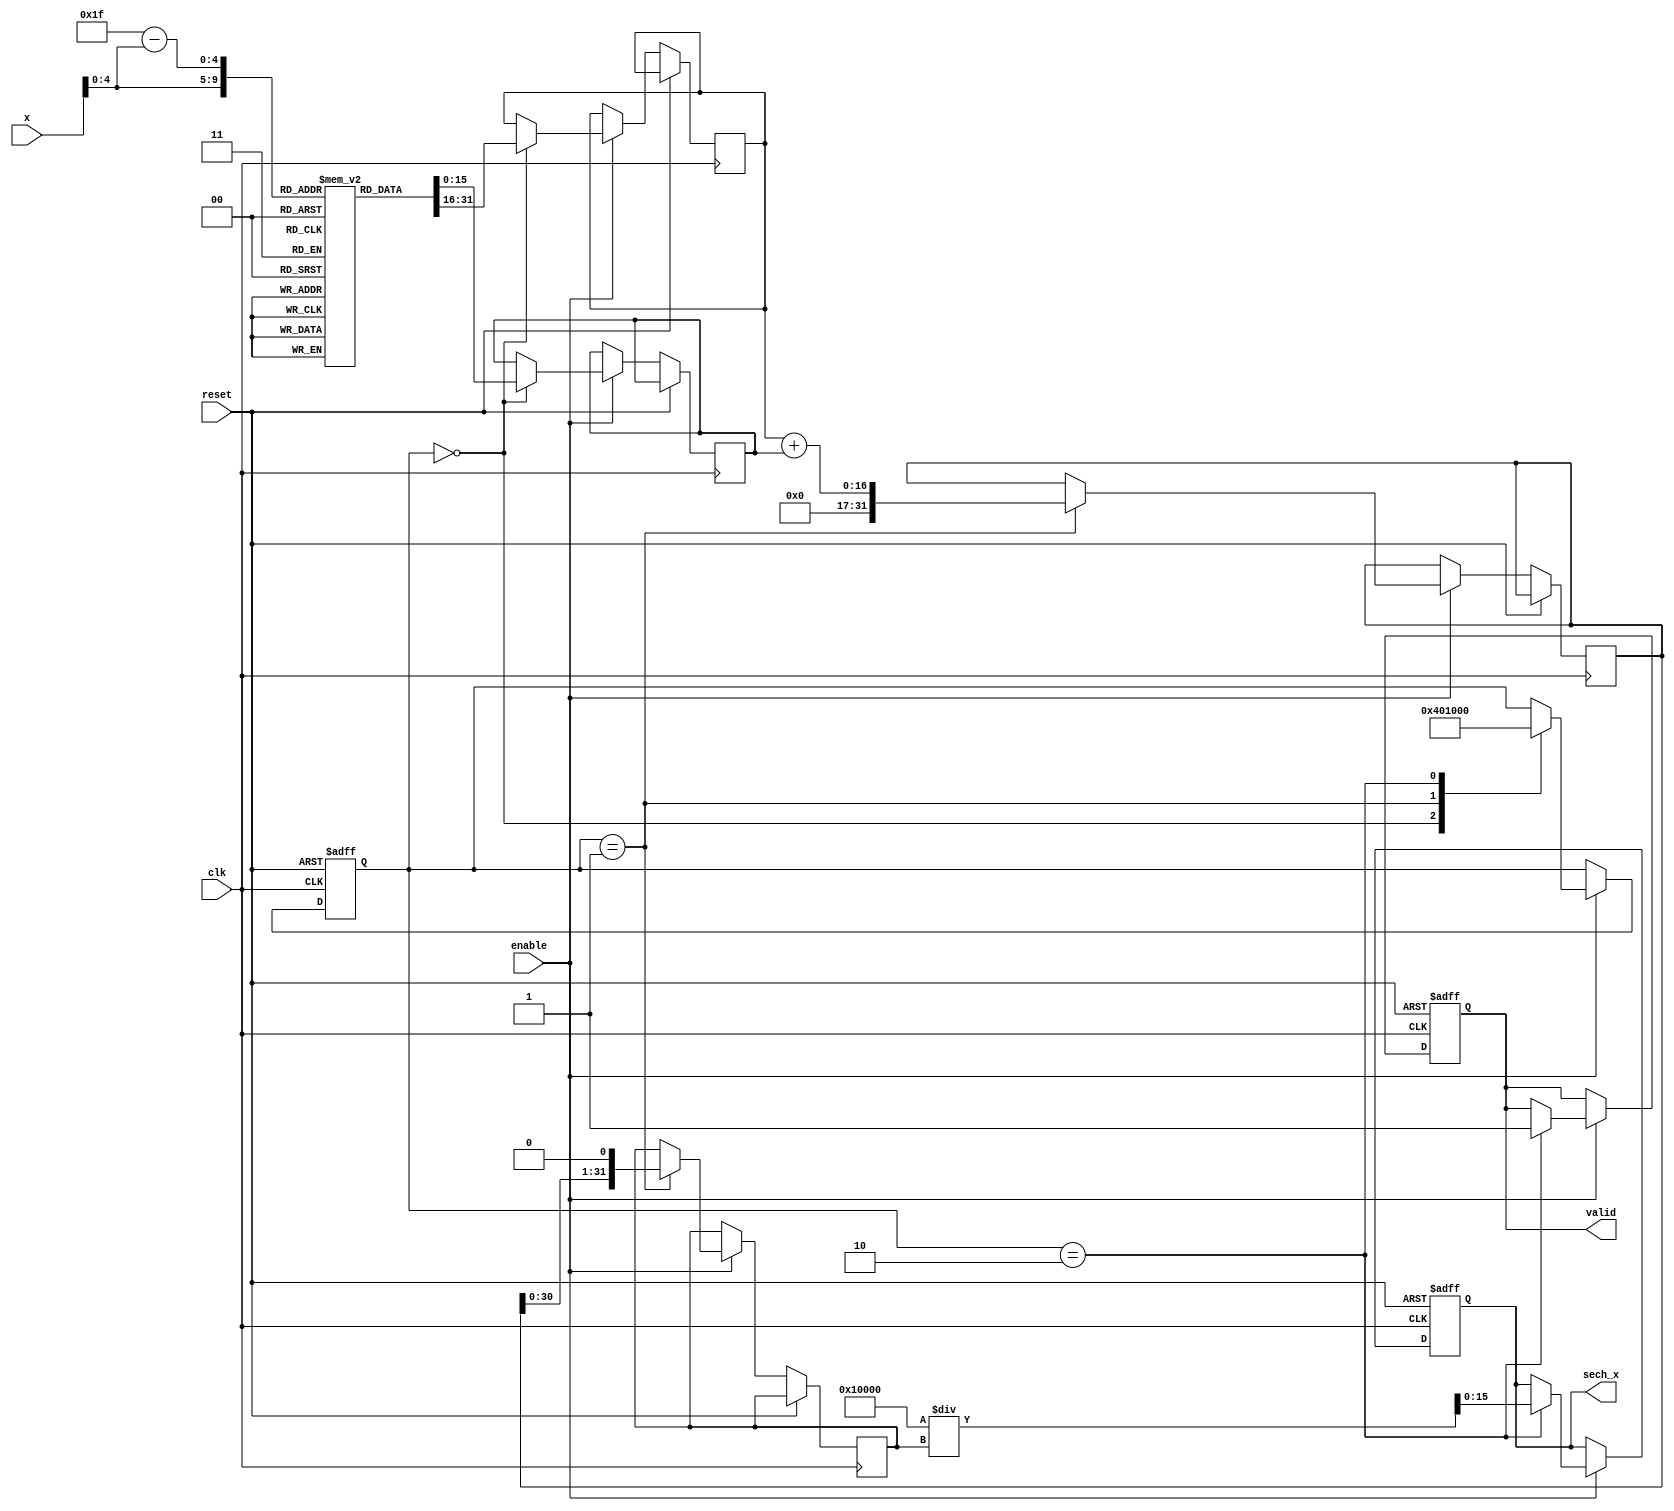
module hyperbolic_secant (
    input wire clk,
    input wire enable,
    input wire reset,
    input wire [15:0] x,       // Fixed-point input (assume Q1.15 format)
    output reg [15:0] sech_x,  // Fixed-point output (assume Q1.15 format)
    output reg valid           // Output valid signal
);

    // Internal signals
    reg [15:0] exp_x, exp_neg_x;  // Store e^x and e^(-x) approximations
    reg [31:0] exp_sum;            // For e^x + e^(-x) (higher precision to avoid overflow)
    reg [31:0] denominator;         // For final division (2 / (e^x + e^(-x)))
    reg [10:0] state;              // State for computation control

    // Lookup table for exponential approximation (for e^x)
    reg [15:0] exp_lut [0:31];     // Simple LUT for e^x approximation
    initial begin
        // Initialize exponential LUT for some values (0 to 31)
        // Values between 0 to 31 would need to be computed based on your 
        // specific scaling and precision requirements. Example values:
        exp_lut[0] = 16'h0001; // e^0
        exp_lut[1] = 16'h0002; // e^1
        exp_lut[2] = 16'h0005; // e^2
        exp_lut[3] = 16'h0009; // e^3
        // Fill in remaining LUT values based on your needing range
        // ...
        exp_lut[30] = 16'hBFFF; // e^30 (approximation)
        exp_lut[31] = 16'hFFFF; // e^31 (max value)
    end

    // State machine for computation
    always @(posedge clk or posedge reset) begin
        if (reset) begin
            sech_x <= 0;
            valid <= 0;
            state <= 0;
        end else if (enable) begin
            case (state)
                0: begin
                    // Calculate e^x
                    exp_x <= exp_lut[x[4:0]]; // Lookup based on x (limited range)
                    exp_neg_x <= exp_lut[31 - x[4:0]]; // Approximate e^(-x)
                    state <= 1; // Move to next state
                end
                1: begin
                    // Add e^x and e^(-x)
                    exp_sum <= exp_x + exp_neg_x;
                    denominator <= exp_sum << 1; // Perform (e^x + e^(-x)) * 2
                    state <= 2; // Move to division state
                end
                2: begin
                    // Compute sech(x) = 2 / (e^x + e^(-x))
                    sech_x <= (16'h0002 << 15) / denominator; // Scale division for Q1.15
                    valid <= 1; // Set valid signal
                    state <= 0; // Return to initial state
                end
            endcase
        end
    end

endmodule